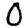
Digit: 0